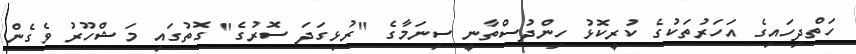
ހަތްދިހައިގެ އަހަރުތަކުގެ ކުރީކޮޅު ހިންދުސްތާނީ ސިނަމާގެ "ރުޅިގަދަ ސޮރުގެ" ގޮތުގައި މަޝްހޫރު ވެގެން